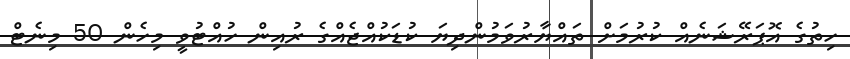
ހިތުގެ އޮޕަރޭޝަނެއް ކުރުމަށް ތައްޔާރުވަމުންދިޔަ ކުޑަކުއްޖެއްގެ ރުއިން ހުއްޓުވީ މިހެން 50 މިނެޓް